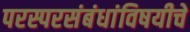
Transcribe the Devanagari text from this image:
परस्परसंबंधांविषयीचे